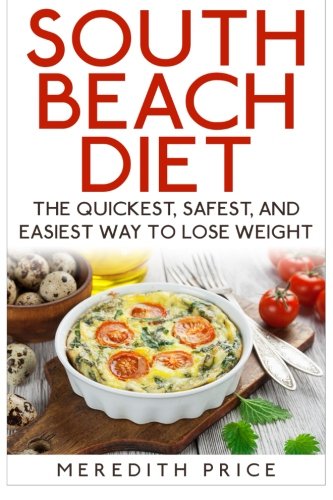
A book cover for South Beach Diet: The Quickest, Safest, and Easiest Way To Lose Weight; Meredith Price; Health, Fitness & Dieting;